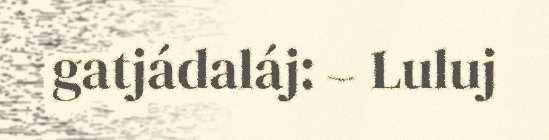
gatjádaláj: – Luluj